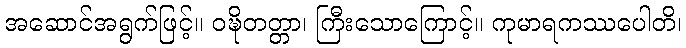
အဆောင်အရွက်ဖြင့်။ ဝဍ္ဎိတတ္တာ၊ ကြီးသောကြောင့်။ ကုမာရကဿပေါတိ၊